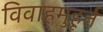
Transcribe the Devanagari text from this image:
विवाहमुहूर्त